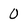
Character: 0